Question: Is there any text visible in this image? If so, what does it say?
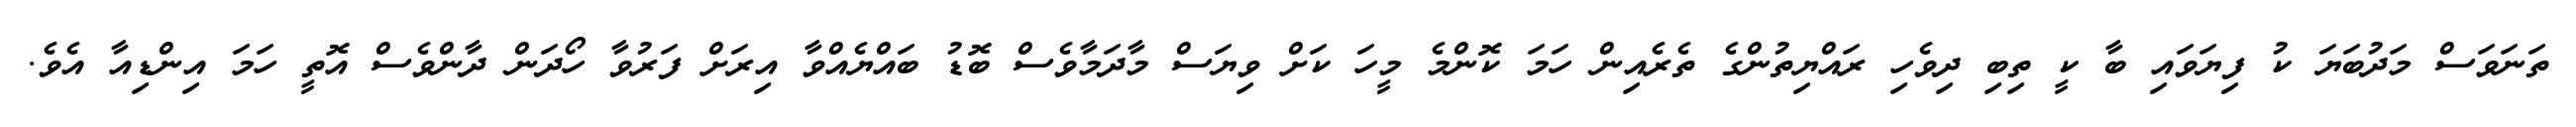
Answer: ތަނަވަސް މަދުބަޔަ ކު ފިޔަވައި ބާ ކީ ތިބި ދިވެހި ރައްޔިތުންގެ ތެރެއިން ހަމަ ކޮންމެ މީހަ ކަށް ވިޔަސް މާދަމާވެސް ބޮޑު ބައްޔެއްވާ އިރަށް ފަރުވާ ހޯދަން ދާންވެސް އޮތީ ހަމަ އިންޑިއާ އެވެ.